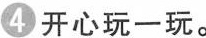
4开心玩一玩。